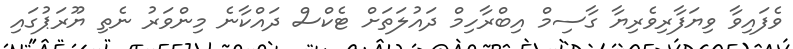
ވެފައިވާ ވިޔަފާރިވެރިޔާ ގާސިމް އިބްރާހިމް ދައުލަތަށް ޓެކްސް ދައްކާނެ މިންވަރު ނެތި ޔޫރަޕުގައި